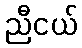
ညီငယ်